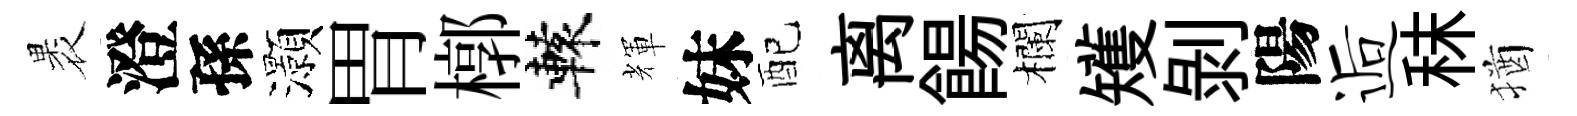
褁澄孫灝胃槨轅輝妹配离餳欄矱剝陽逅秣猶